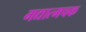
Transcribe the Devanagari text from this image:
गद्यात्मचक